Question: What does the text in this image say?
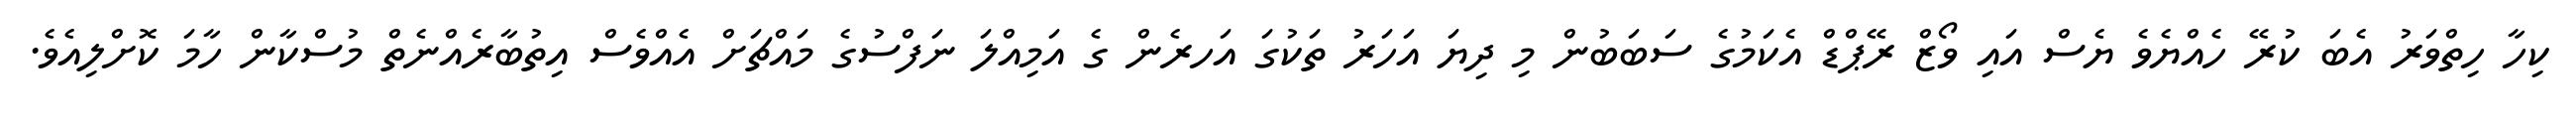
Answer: ކިހާ ހިތްވަރު އެބަ ކުރޭ ހެއްޔެވެ ޔެސް އައި ވޯޒް ރޭޕްޑް އެކަމުގެ ސަބަބުން މި ދިޔަ އަހަރު ތަކުގަ އަހރެން ގެ އަމިއްލަ ނަފްސުގެ މައްޗަށް އެއްވެސް އިތުބާރެއްނެތް މުސްކާން ހާމަ ކޮށްލިއެވެ.